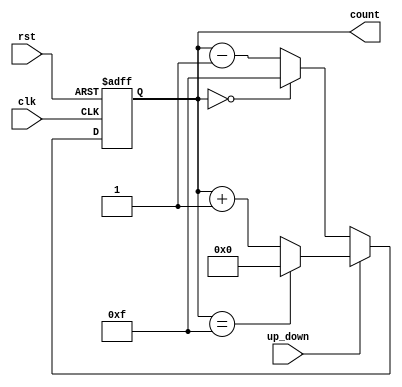
module up_down_counter (
    input wire clk,              // Clock signal
    input wire rst,              // Asynchronous reset
    input wire up_down,          // Control signal for counting direction (1 = up, 0 = down)
    output reg [3:0] count       // 4-bit counter output
);

// Asynchronous reset and counting logic
always @(posedge clk or posedge rst) begin
    if (rst) begin
        count <= 4'b0000;        // Reset the counter to 0
    end else begin
        if (up_down) begin
            // Count up
            if (count == 4'b1111) // If maximum value is reached
                count <= 4'b0000; // Wrap around to 0
            else
                count <= count + 1; // Increment count
        end else begin
            // Count down
            if (count == 4'b0000) // If minimum value is reached
                count <= 4'b1111; // Wrap around to maximum value
            else
                count <= count - 1; // Decrement count
        end
    end
end

endmodule